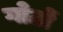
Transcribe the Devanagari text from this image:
गोठों